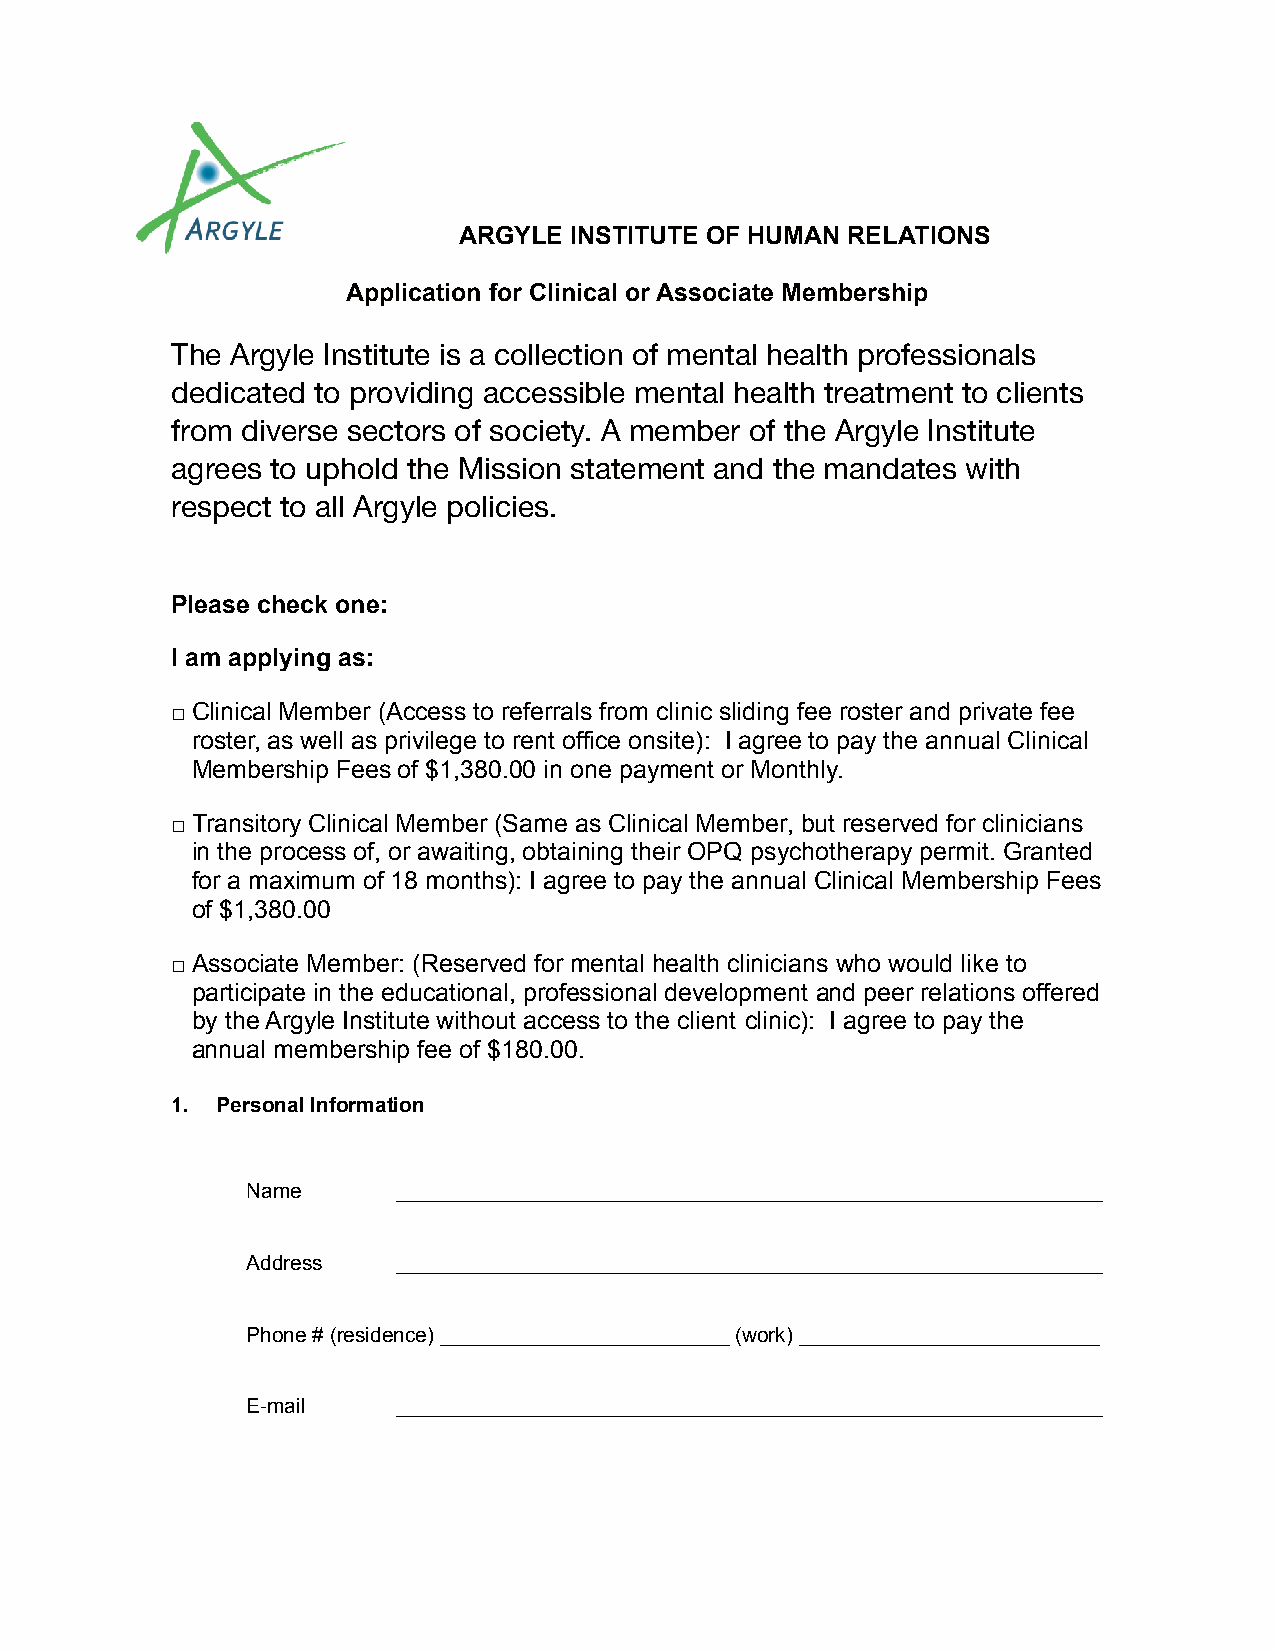
ARGYLE  INSTITUTE OF HUMAN RELATIONS
 Application for Clinical or Associate Membership
 The Argyle Institute is a collection of mental health professionals
 dedicated to providing accessible mental health treatment to clients
 from diverse sectors of society. A member of the Argyle Institute
 agrees to uphold the Mission statement and the mandates with
 respect to all Argyle policies.
 Please check one:
 I am applying as:
 □Clinical Member (Access to referrals from clinic sliding fee roster and private fee
 roster, as well as privilege to rent office onsite): I agree to pay the annual Clinical
 Membership Fees of $1,380.00 in one payment or Monthly.
 □Transitory Clinical Member (Same as Clinical Member, but reserved for clinicians
 in the process of, or awaiting, obtaining their OPQ psychotherapy permit. Granted
 for a maximum of 18 months): I agree to pay the annual Clinical Membership Fees
 of $1,380.00
 □Associate Member: (Reserved for mental health clinicians who would like to
 participate in the educational, professional development and peer relations offered
 by the Argyle Institute without access to the client clinic): I agree to pay the
 annual membership fee of $180.00.
 1. Personal Information
 Name      _____________________________________________________________
 Address   _____________________________________________________________
 Phone # (residence) _________________________ (work)__________________________
 E-mail    _____________________________________________________________